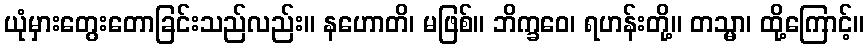
ယုံမှားတွေးတောခြင်းသည်လည်း။ နဟောတိ၊ မဖြစ်။ ဘိက္ခဝေ၊ ရဟန်းတို့။ တသ္မာ၊ ထို့ကြောင့်။